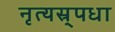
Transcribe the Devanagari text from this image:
नृत्यस्र्पधा